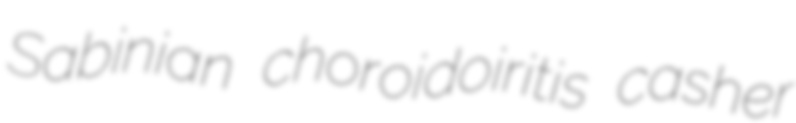
Sabinian choroidoiritis casher